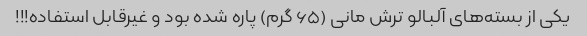
یکی از بسته‌های آلبالو ترش مانی (۶۵ گرم) پاره شده بود و غیرقابل استفاده!!!